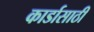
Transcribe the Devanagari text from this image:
कार्डासाठी